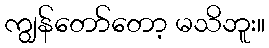
ကျွန်တော်တော့ မသိဘူး။